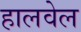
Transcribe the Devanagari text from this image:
हालवेल